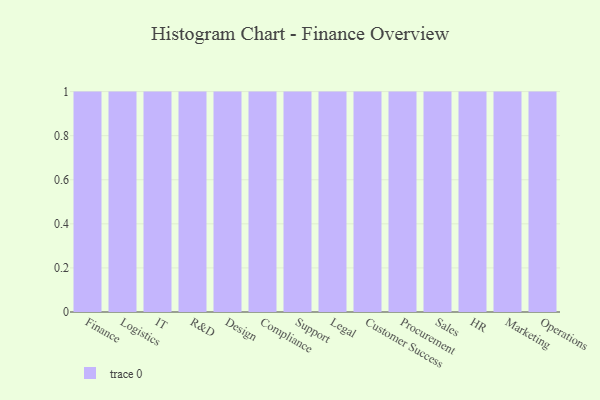
{"axis": {"x": "Department", "y": "Latency (ms)"}, "legend": [""], "data": [{"x": "Finance", "y": 29, "type": ""}, {"x": "Logistics", "y": 83, "type": ""}, {"x": "IT", "y": 10, "type": ""}, {"x": "R&D", "y": 40, "type": ""}, {"x": "Design", "y": 28, "type": ""}, {"x": "Compliance", "y": 75, "type": ""}, {"x": "Support", "y": 7, "type": ""}, {"x": "Legal", "y": 10, "type": ""}, {"x": "Customer Success", "y": 53, "type": ""}, {"x": "Procurement", "y": 6, "type": ""}, {"x": "Sales", "y": 5, "type": ""}, {"x": "HR", "y": 6, "type": ""}, {"x": "Marketing", "y": 78, "type": ""}, {"x": "Operations", "y": 8, "type": ""}]}